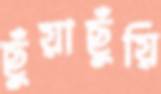
ছুঁয়াছুঁয়ি